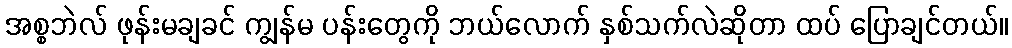
အစ္စဘဲလ် ဖုန်းမချခင် ကျွန်မ ပန်းတွေကို ဘယ်လောက် နှစ်သက်လဲဆိုတာ ထပ် ပြောချင်တယ်။